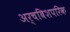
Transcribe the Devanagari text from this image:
अर्चबिशपरिक